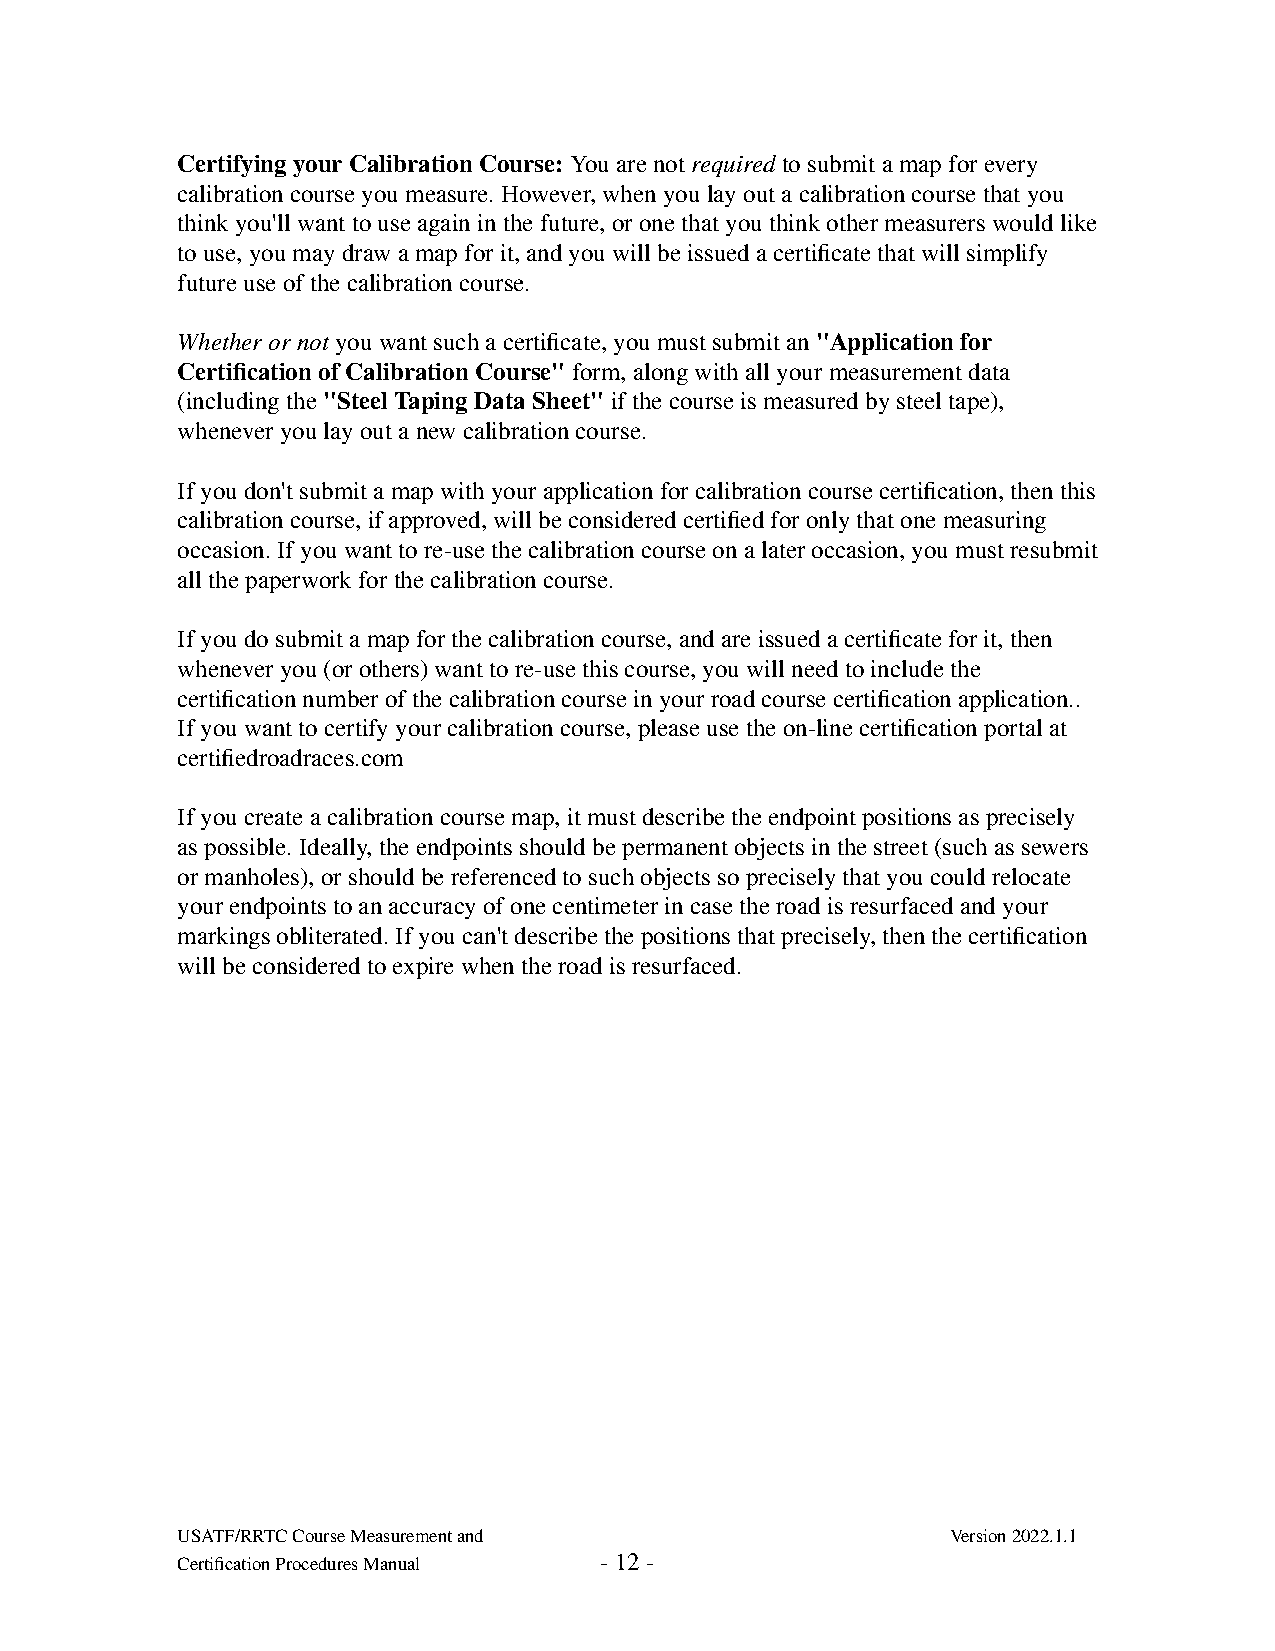
Certifying your Calibration Course: You are not required to submit a map for every
 calibration course you measure. However, when you lay out a calibration course that you
 think you'll want to use again in the future, or one that you think other measurers would like
 to use, you may draw a map for it, and you will be issued a certificate that will simplify
 future use of the calibration course.
 Whether or not you want such a certificate, you must submit an "Application for
 Certification of Calibration Course" form, along with all your measurement data
 (including the "Steel Taping Data Sheet" if the course is measured by steel tape),
 whenever you lay out a new calibration course.
 If you don't submit a map with your application for calibration course certification, then this
 calibration course, if approved, will be considered certified for only that one measuring
 occasion. If you want to re-use the calibration course on a later occasion, you must resubmit
 all the paperwork for the calibration course.
 If you do submit a map for the calibration course, and are issued a certificate for it, then
 whenever you (or others) want to re-use this course, you will need to include the
 certification number of the calibration course in your road course certification application..
 If you want to certify your calibration course, please use the on-line certification portal at
 certifiedroadraces.com
 If you create a calibration course map, it must describe the endpoint positions as precisely
 as possible. Ideally, the endpoints should be permanent objects in the street (such as sewers
 or manholes), or should be referenced to such objects so precisely that you could relocate
 your endpoints to an accuracy of one centimeter in case the road is resurfaced and your
 markings obliterated. If you can't describe the positions that precisely, then the certification
 will be considered to expire when the road is resurfaced.
 USATF/RRTC Course Measurement and                  Version 2022.1.1
 Certification Procedures Manual - 12 -